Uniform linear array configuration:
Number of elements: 64
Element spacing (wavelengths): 0.5
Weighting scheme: blackman
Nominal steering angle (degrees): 60
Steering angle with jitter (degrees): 60.873
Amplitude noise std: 0.05
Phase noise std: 0.05

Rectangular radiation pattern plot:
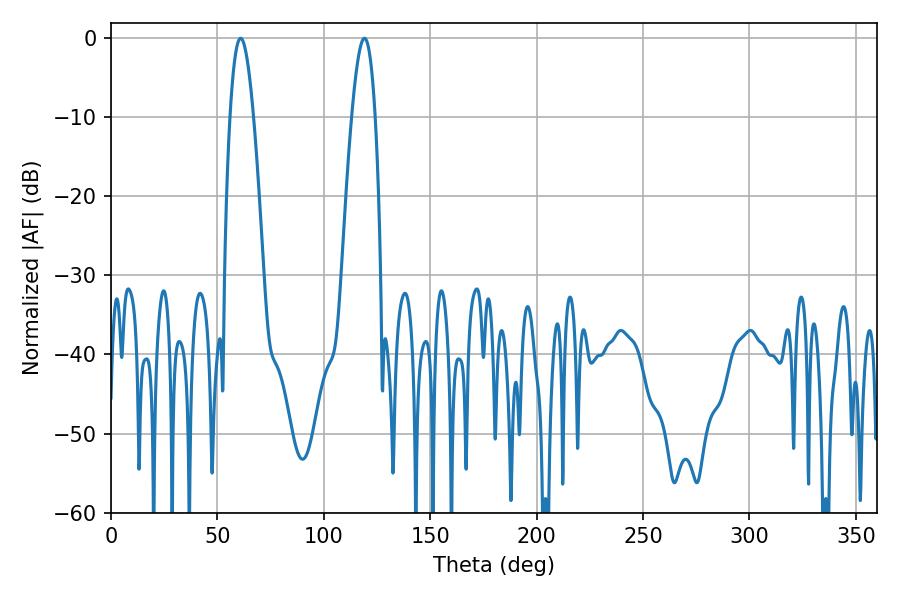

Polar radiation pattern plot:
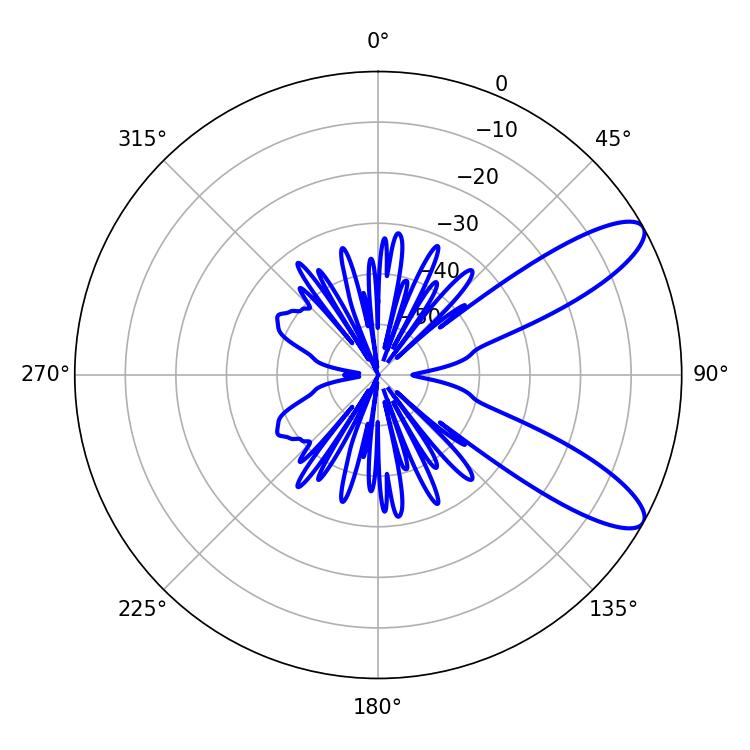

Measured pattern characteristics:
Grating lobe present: FALSE
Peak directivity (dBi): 10.008
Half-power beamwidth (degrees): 5.94
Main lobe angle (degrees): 60.84